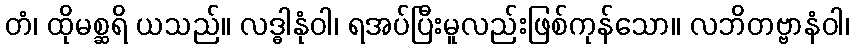
တံ၊ ထိုမစ္ဆရိ ယသည်။ လဒ္ဓါနုံဝါ၊ ရအပ်ပြီးမူလည်းဖြစ်ကုန်သော။ လဘိတဗ္ဗာနံဝါ၊